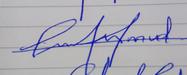
Signature authenticity: forged